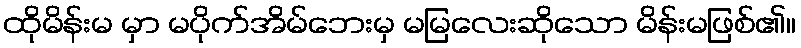
ထိုမိန်းမ မှာ မပိုက်အိမ်ဘေးမှ မမြလေးဆိုသော မိန်းမဖြစ်၏။